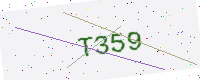
Text: T359